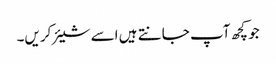
جو کچھ آپ جانتے ہیں اسے شیئر کریں۔